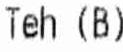
TEH (B)